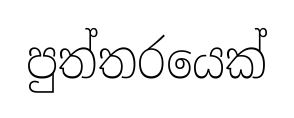
පුත්තරයෙක්